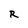
Character: R